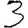
Digit: 3